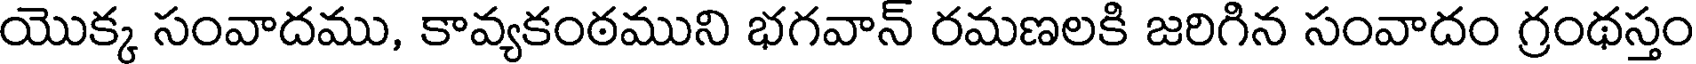
యొక్క సంవాదము, కావ్యకంఠముని భగవాన్ రమణలకి జరిగిన సంవాదం గ్రంథస్తం